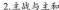
2.主战与主和